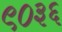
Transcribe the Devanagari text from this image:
९०३६